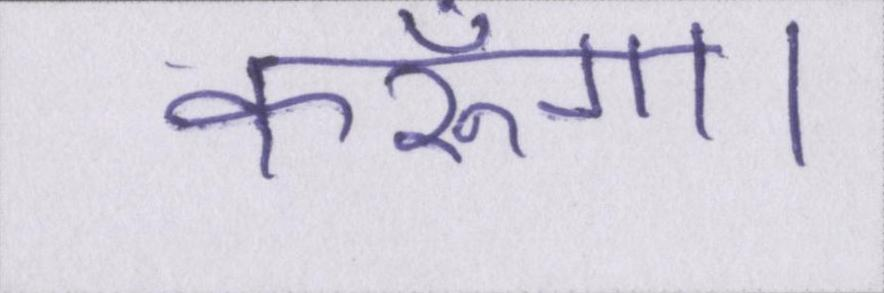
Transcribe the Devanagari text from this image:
करूँगा।